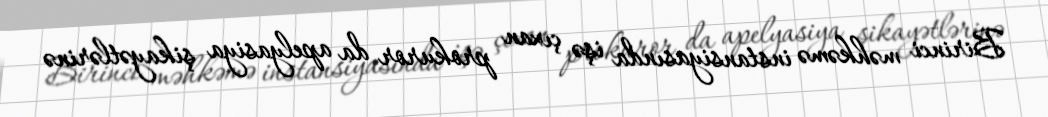
Birinci məhkəmə instansiyasında işə çıxan prokuror da apelyasiya şikayətlərinə